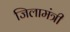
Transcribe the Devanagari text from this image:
जिलामंत्री